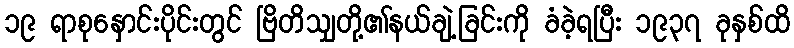
၁၉ ရာစုနှောင်းပိုင်းတွင် ဗြိတိသျှတို့၏နယ်ချဲ့ခြင်းကို ခံခဲ့ရပြီး ၁၉၃၇ ခုနှစ်ထိ